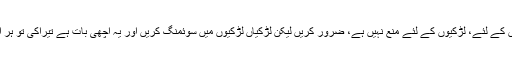
سوئمنگ کرنا بچوں کے لئے، لڑکیوں کے لئے منع نہیں ہے، ضرور کریں لیکن لڑکیاں لڑکیوں میں سوئمنگ کریں اور یہ اچھی بات ہے تیراکی تو ہر ایک کو آنی چاہئے۔